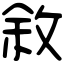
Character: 敘